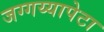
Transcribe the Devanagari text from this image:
जग्गय्यापेटा